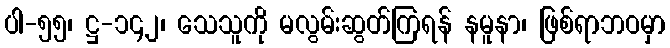
ပါ-၅၅၊ ဋ္ဌ-၁၄၂၊ သေသူကို မလွမ်းဆွတ်ကြရန် နမူနာ၊ ဖြစ်ရာဘဝမှာ